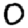
Digit: 0